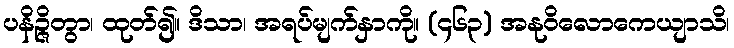
ပနိဉ္ဇိတွာ၊ ထုတ်၍။ ဒိသာ၊ အရပ်မျက်နှာကို။ (၄၆၃) အနုဝိလောကေယျာသိ၊